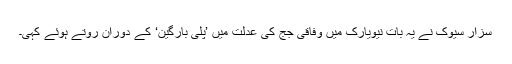
سزار سیوک نے یہ بات نیویارک میں وفاقی جج کی عدلت میں ’پلی بارگین‘ کے دوران روتے ہوئے کہی۔